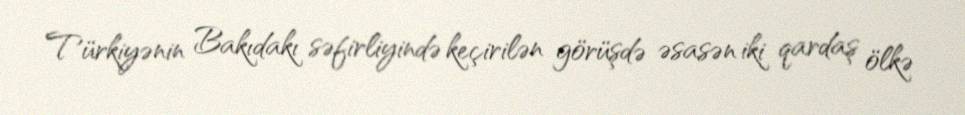
Türkiyənin Bakıdakı səfirliyində keçirilən görüşdə əsasən iki qardaş ölkə